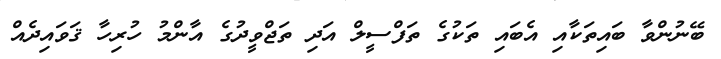
ބޭނުންވާ ބައިތަކާއި އެބައި ތަކުގެ ތަފްސީލް އަދި ތަޖްވީދުގެ އާންމު ހުރިހާ ޤަވައިދެއް